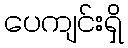
ပေကျင်းရှိ